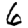
Digit: 6